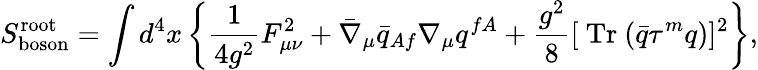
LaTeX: S_{\mathrm{boson}}^{\mathrm{root}}=\int d^{4}x\left\{ \frac 1{4g^{2}}F_{\mu\nu}^{2}+\bar{\nabla}_{\mu}\bar{q}_{Af}\nabla_{\mu}q^{fA}+\frac{g^{2}}8[\mathrm{~Tr~}(\bar{q}\tau^{m}q)]^{2}\right\} ,